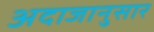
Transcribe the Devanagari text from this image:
अदाजानुसार